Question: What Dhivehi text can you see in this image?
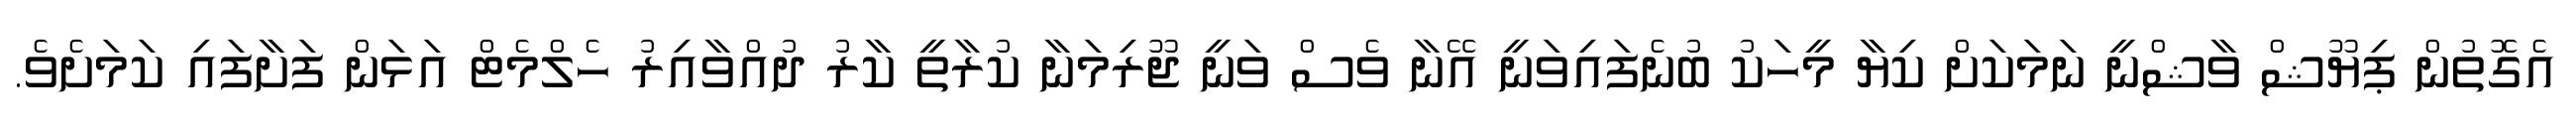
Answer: އެގޮތުން ޕިޔޫޝް ވާޝްނީ ނަމަކަށް ކިޔާ މީހަކު ބުނެފައިވަނީ އޭނާ ވެސް ވަނީ ޖޫރިމަނާ ކުރާތީ ކާރު ދުއްވާއިރު ހެލްމެޓް އަޅަން ފަށާފައި ކަމަށެވެ.